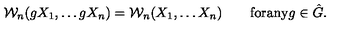
{ \cal W } _ { n } ( g X _ { 1 } , \ldots g X _ { n } ) = { \cal W } _ { n } ( X _ { 1 } , \ldots X _ { n } ) \qquad \mathrm { f o r a n y } g \in { \hat { G } } .